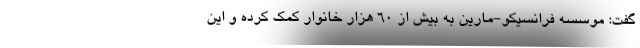
گفت: موسسه فرانسیکو-مارین به بیش از 60 هزار خانوار کمک کرده و این